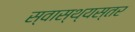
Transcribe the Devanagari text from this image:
स्वास्थ्यस्तर